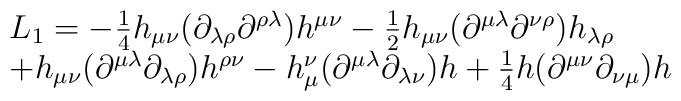
\begin{array}{l}L_{1}=-\frac{1}{4}h_{\mu \nu }(\partial _{\lambda \rho }\partial^{\rho \lambda })h^{\mu \nu } -\frac{1}{2}h_{\mu \nu }(\partial^{\mu \lambda }\partial ^{\nu \rho })h_{\lambda \rho }\\+h_{\mu\nu }(\partial ^{\mu \lambda }\partial _{\lambda \rho })h^{\rho\nu }-h_{\mu }^{\nu }(\partial ^{\mu \lambda }\partial _{\lambda\nu })h+ \frac{1}{4}h(\partial ^{\mu \nu }\partial _{\nu \mu })h\end{array}